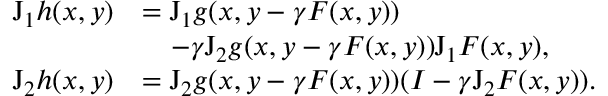
\begin{array} { r l } { \boldsymbol { \mathrm { J } } _ { 1 } h ( x , \boldsymbol { y } ) } & { = \boldsymbol { \mathrm { J } } _ { 1 } g ( x , \boldsymbol { y } - \gamma F ( x , \boldsymbol { y } ) ) } \\ & { ~ ~ ~ - \gamma \boldsymbol { \mathrm { J } } _ { 2 } g ( x , \boldsymbol { y } - \gamma F ( x , \boldsymbol { y } ) ) \boldsymbol { \mathrm { J } } _ { 1 } F ( x , \boldsymbol { y } ) , } \\ { \boldsymbol { \mathrm { J } } _ { 2 } h ( x , \boldsymbol { y } ) } & { = \boldsymbol { \mathrm { J } } _ { 2 } g ( x , \boldsymbol { y } - \gamma F ( x , \boldsymbol { y } ) ) ( I - \gamma \boldsymbol { \mathrm { J } } _ { 2 } F ( x , \boldsymbol { y } ) ) . } \end{array}